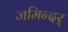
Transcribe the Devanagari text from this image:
जमिन्दर्